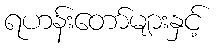
ရဟန်းတော်များနှင့်